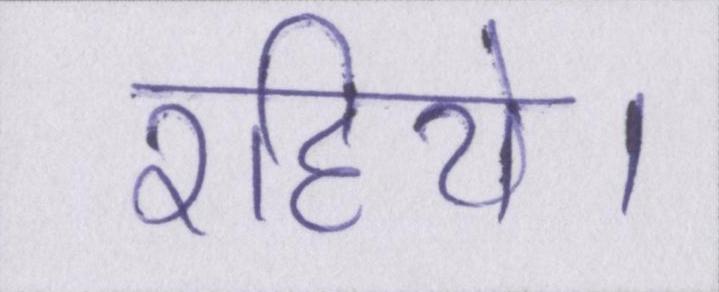
रहिये।